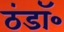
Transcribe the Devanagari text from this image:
ठंडॉ॰